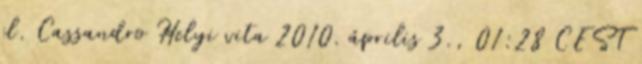
el. Cassandro Ħelyi vita 2010. április 3., 01:28 CEST